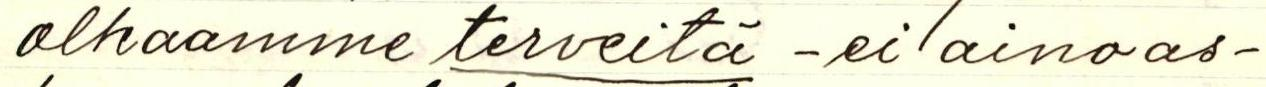
olkaamme terveistä - ei ainoas-